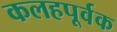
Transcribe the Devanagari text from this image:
कलहपूर्वक